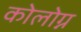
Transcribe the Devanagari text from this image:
कोलोग्न